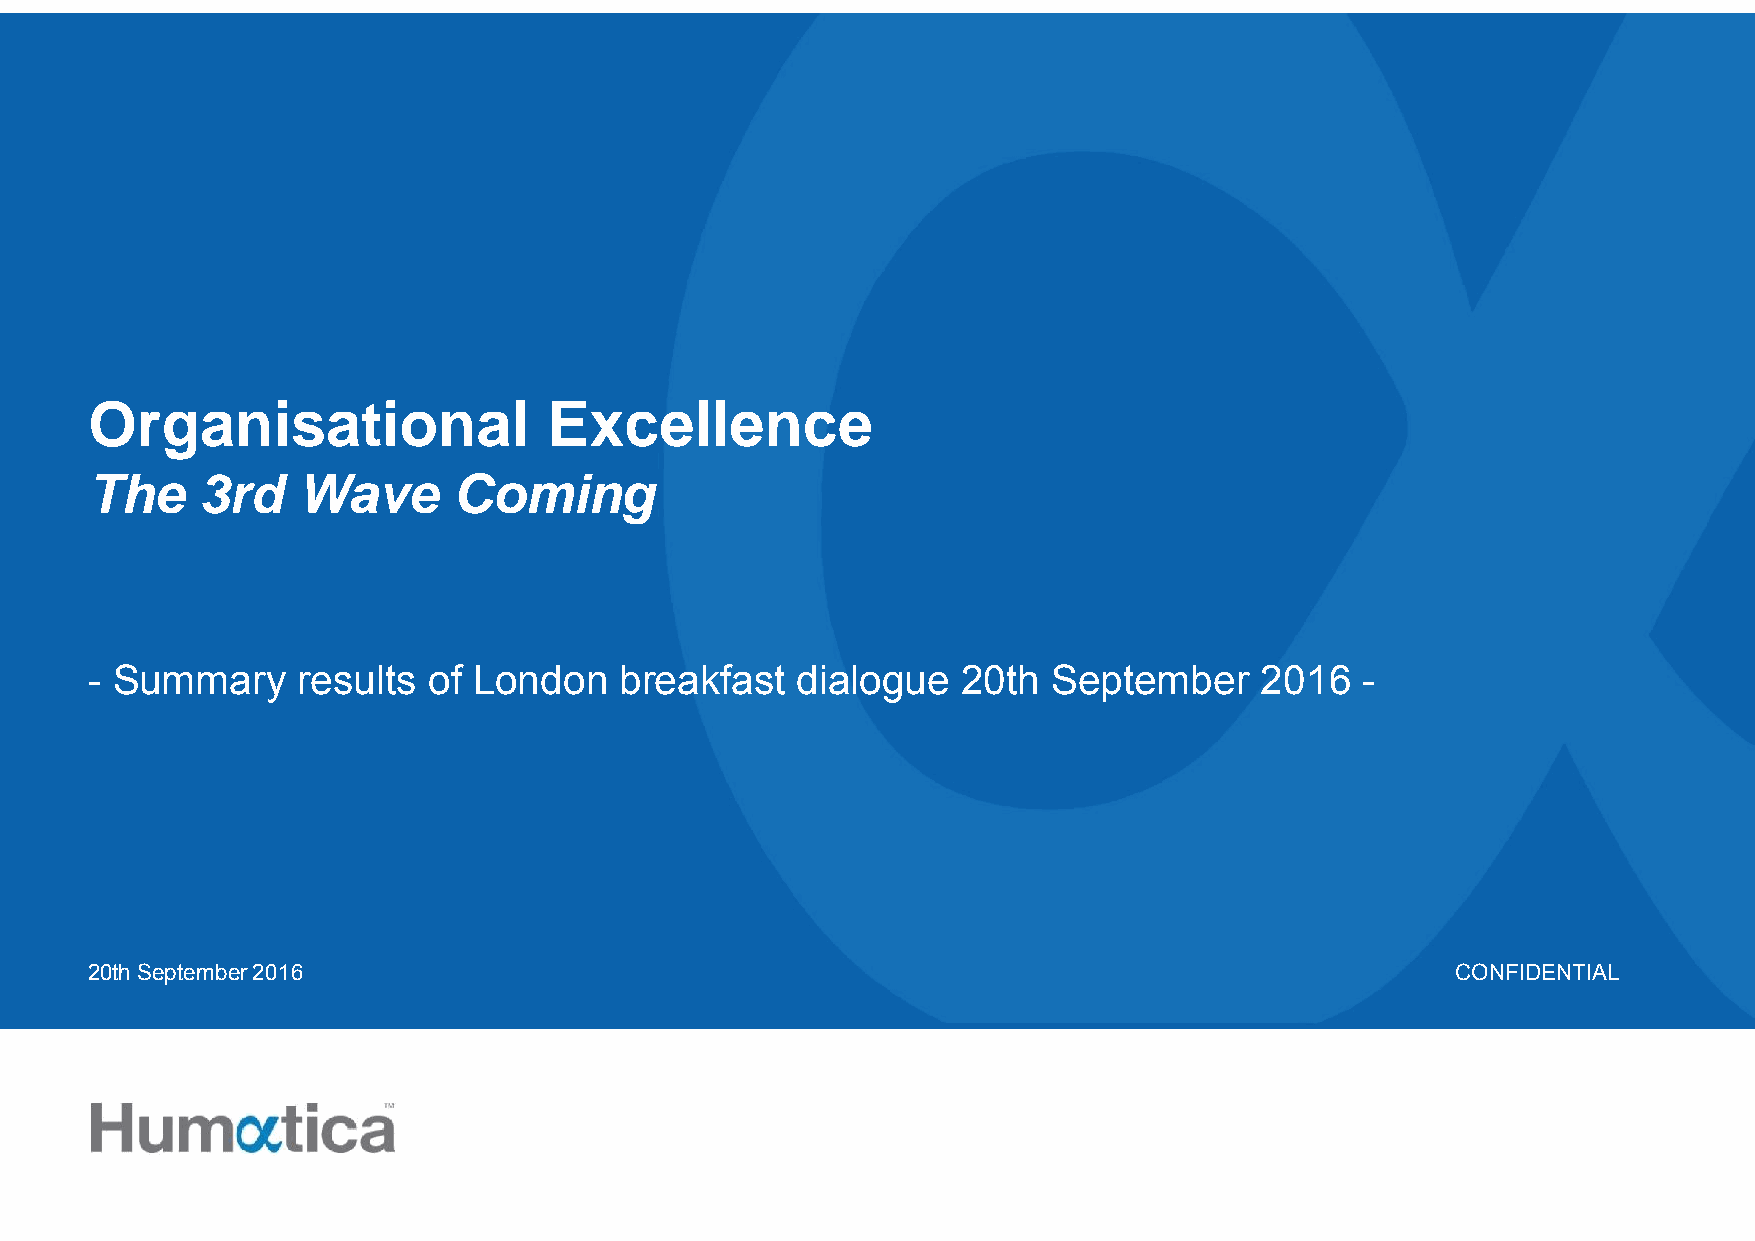
Organisational                Excellence
 The    3rd    Wave      Coming
 - Summary     results of London    breakfast   dialogue   20th  September    2016   -
 20th September 2016                                                                       CONFIDENTIAL